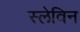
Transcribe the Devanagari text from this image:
स्लेविन